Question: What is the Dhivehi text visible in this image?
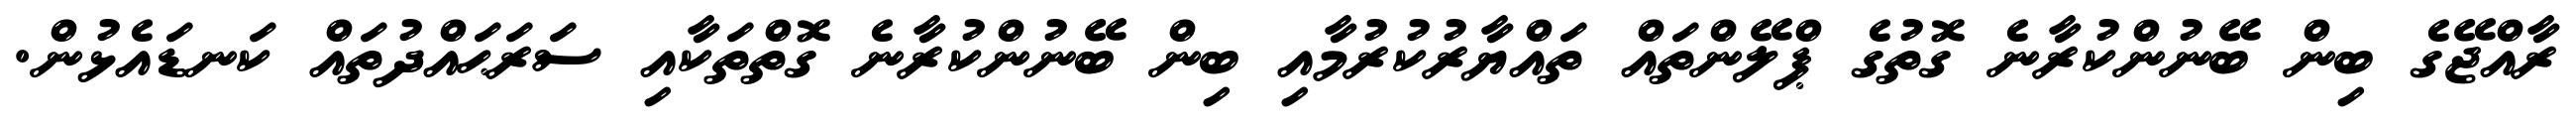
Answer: ރާއްޖޭގެ ބިން ބޭނުންކުރާނެ ގޮތުގެ ޕްލޭންތައް ތައްޔާރުކުރުމާއި ބިން ބޭނުންކުރާނެ ގޮތްތަކާއި ސަރަޙައްދުތައް ކަނޑައެޅުން.